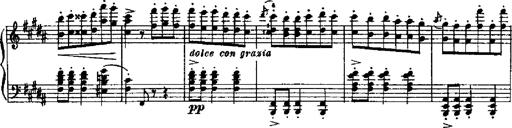
Title: RÃ©miniscences de Robert le diable
Composer: Franz Liszt